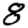
Digit: 8